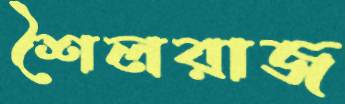
শৈলরাজ